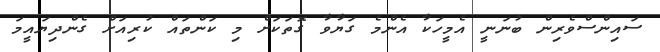
ސައިންސްވެރިން ބުނަނީ އެމީހަކާ އެންމެ ގަޔާވާ ގޮތަކަށް މި ކަންތައް ކުރިއަށް ގެންދިޔައީމަ